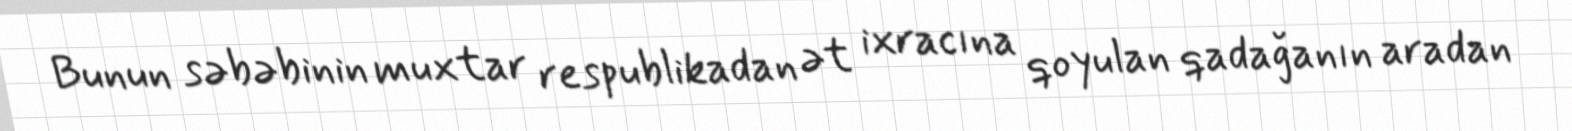
Bunun səbəbinin muxtar respublikadan ət ixracına qoyulan qadağanın aradan